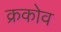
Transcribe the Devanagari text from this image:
क्रकोव